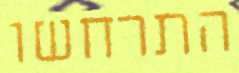
התרחשו